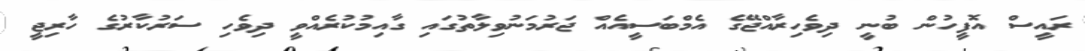
ރައީސް އޮފީހުން ބުނީ ދިވެހިރާއްޖޭގެ އެމްބަސީއެއް ޖަރުމަނުވިލާތުގައި ގާއިމުކުރެއްވީ ދިވެހި ސަރުކާރުގެ ހާރިޖީ